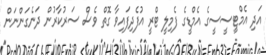
އަދި އެމްޓީސީސީގެ އެމްޑީގެ ފެމިލީ ޓްރީ އުފެދިފައިވާ ގޮތް ވެސް ސަރުކާރުން ދަނެގަންނަން